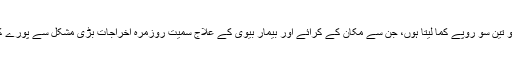
روزانہ دو تین سو روپے کما لیتا ہوں، جن سے مکان کے کرائے اور بیمار بیوی کے علاج سمیت روزمرہ اخراجات بڑی مشکل سے پورے کرتا ہوں۔